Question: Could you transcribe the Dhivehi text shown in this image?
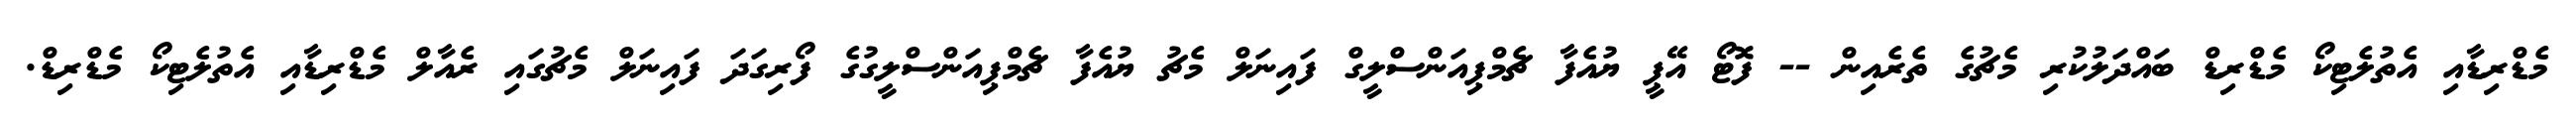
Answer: މެޑްރިޑާއި އެތުލެޓިކޯ މެޑްރިޑް ބައްދަލުކުރި މެޗުގެ ތެރެއިން -- ފޮޓޯ އޭޕީ ޔުއެފާ ޗެމްޕިއަންސްލީގް ފައިނަލް މެޗު ޔުއެފާ ޗެމްޕިއަންސްލީގުގެ ފޯރިގަދަ ފައިނަލް މެޗުގައި ރެއާލް މެޑްރިޑާއި އެތުލެޓިކޯ މެޑްރިޑް.